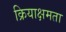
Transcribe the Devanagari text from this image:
क्रियाक्षमता